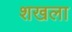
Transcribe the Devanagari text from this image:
शखला